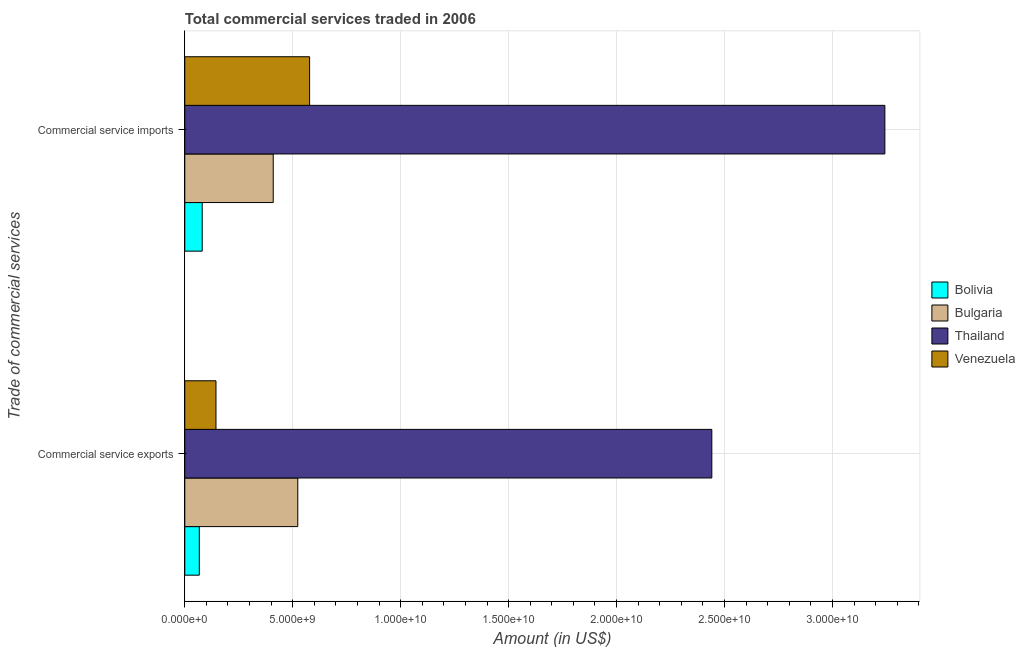
| Trade of commercial services | Bolivia | Bulgaria | Thailand | Venezuela |
 | --- | --- | --- | --- | --- |
 | Commercial service exports | 6.73e+08 | 5.23e+09 | 2.44e+10 | 1.44e+09 |
 | Commercial service imports | 8.07e+08 | 4.1e+09 | 3.24e+10 | 5.78e+09 |